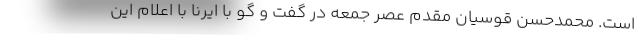
است. محمدحسن قوسیان مقدم عصر جمعه در گفت و گو با ایرنا با اعلام این